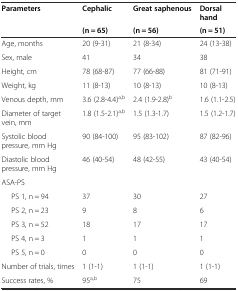
| <ROWSPAN=2> Parameters | Cephalic | Great saphenous | Dorsal hand |
 | (n = 65) | (n = 56) | (n = 51) |
 | --- | --- | --- | --- |
 | Age, months | 20 (9-31) | 21 (8-34) | 24 (13-38) |
 | Sex, male | 41 | 34 | 38 |
 | Height, cm | 78 (68-87) | 77 (66-88) | 81 (71-91) |
 | Weight, kg | 11 (8-13) | 10 (8-13) | 10 (8-13) |
 | Venous depth, mm | 3.6 (2.8-4.4)a,b | 2.4 (1.9-2.8)b | 1.6 (1.1-2.5) |
 | Diameter of target vein, mm | 1.8 (1.5-2.1)a,b | 1.5 (1.3-1.7) | 1.5 (1.2-1.7) |
 | Systolic blood pressure, mm Hg | 90 (84-100) | 95 (83-102) | 87 (82-96) |
 | Diastolic blood pressure, mm Hg | 46 (40-54) | 48 (42-55) | 43 (40-54) |
 | ASA-PS |  |  |  |
 | PS 1, n = 94 | 37 | 30 | 27 |
 | PS 2, n = 23 | 9 | 8 | 6 |
 | PS 3, n = 52 | 18 | 17 | 17 |
 | PS 4, n = 3 | 1 | 1 | 1 |
 | PS 5, n = 0 | 0 | 0 | 0 |
 | Number of trials, times | 1 (1-1) | 1 (1-1) | 1 (1-1) |
 | Success rates, % | 95a,b | 75 | 69 |